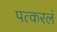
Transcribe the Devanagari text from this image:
पत्करलं